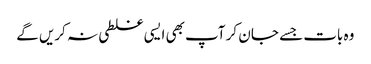
وہ بات جسے جا ن کر آپ بھی ایسی غلطی نہ کریں گے